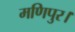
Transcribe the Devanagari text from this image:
मणिपुर।